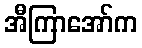
အီကြာအော်က